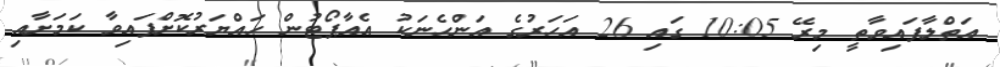
އަތްލާފައިވާތީ މިރޭ 10:05 ގައި 26 އަހަރުގެ އަންހެނަކު އެއާޕޯޓުން ހައްޔަރުކޮށްފައިވާ ކަމަށާއި